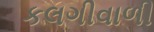
કલગીવાળી